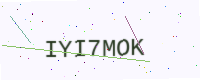
Text: IYI7MOK